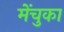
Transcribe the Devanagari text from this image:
मेंचुका